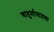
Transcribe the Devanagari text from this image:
चातुर्मासातला